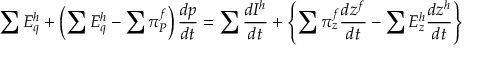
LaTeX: \sum E _ { q } ^ { h } + \left( \sum E _ { q } ^ { h } - \sum \pi _ { P } ^ { f } \right) { \frac { d p } { d t } } = \sum { \frac { d I ^ { h } } { d t } } + \left\{ \sum \pi _ { z } ^ { f } { \frac { d z ^ { f } } { d t } } - \sum E _ { z } ^ { h } { \frac { d z ^ { h } } { d t } } \right\}